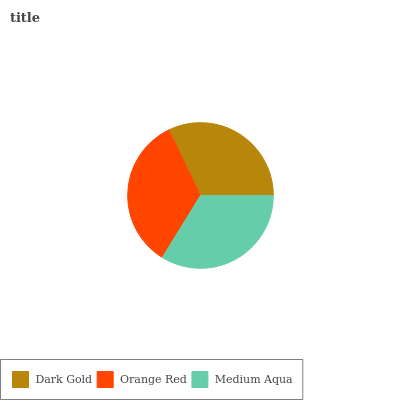
| Dark Gold | Orange Red | Medium Aqua |
 | --- | --- | --- |
 | 32.2% | 34.1% | 33.8% |